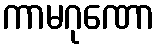
ကာမဂုဏော